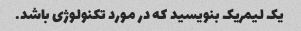
یک لیمریک بنویسید که در مورد تکنولوژی باشد.